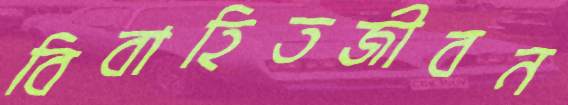
বিবাহিতজীবন